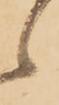
々